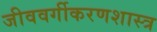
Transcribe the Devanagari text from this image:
जीववर्गीकरणशास्त्र